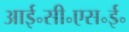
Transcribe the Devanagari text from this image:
आई॰सी॰एस॰ई॰